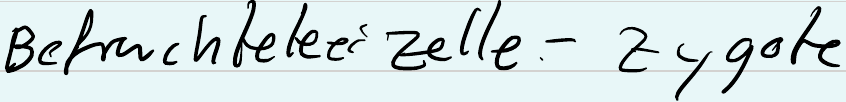
Befruchteteei zelle - zygote